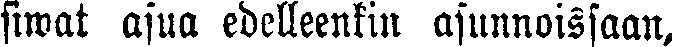
siwat asua edelleenkin asunnoissaan,